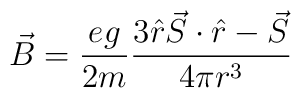
\vec{B}={eg\over 2m}{3\hat{r}\vec{S}\cdot\hat{r}-\vec{S}\over 4\pi r^3}